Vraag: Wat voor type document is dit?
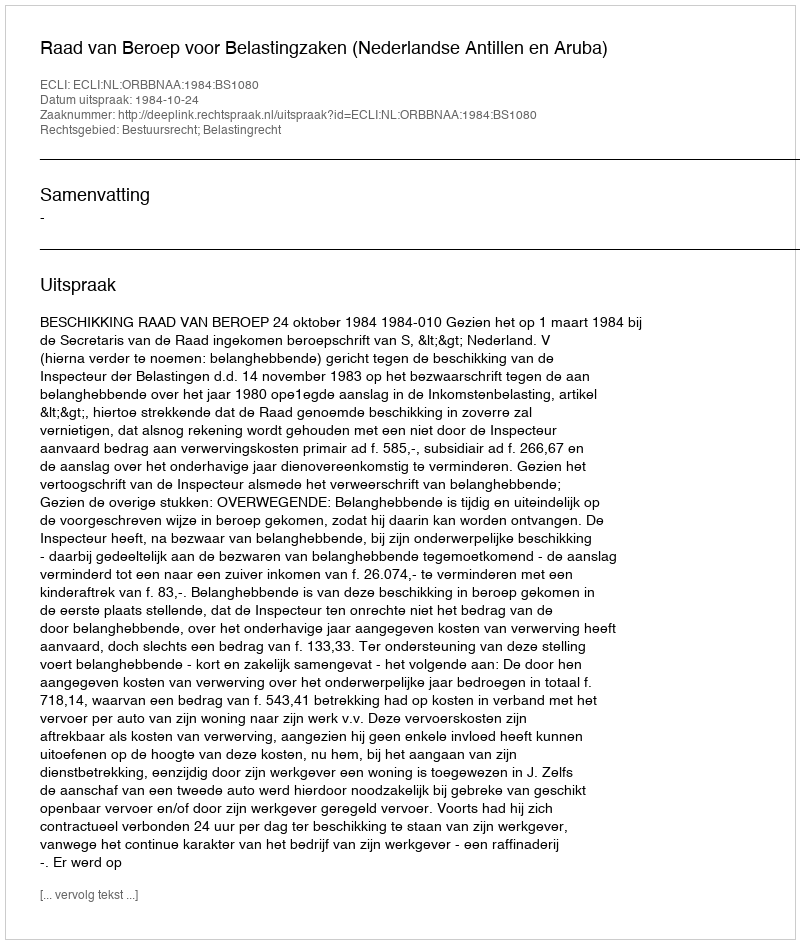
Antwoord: Uitspraak